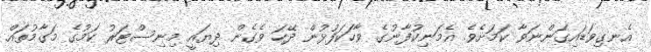
އެނގިވަޑައިގަންނަވާ ކަމަށެވެ. އެމަނިކުފާނުގެ ވާހަކަފުޅުން ދޭހަ ވެގެން ދިޔައީ މިނިސްޓަރު ކަމުގެ މަގާމުތައް